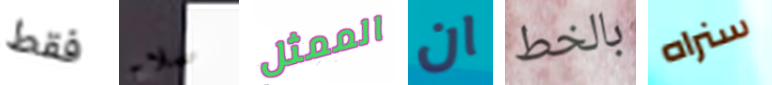
فقط صلاح الممثل ان بالخط سنراه